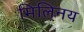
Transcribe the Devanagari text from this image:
मिलिनय